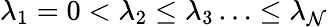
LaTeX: \lambda_{1}=0<\lambda_{2}\leq\lambda_{3}\ldots\leq\lambda_{\mathcal{N}}